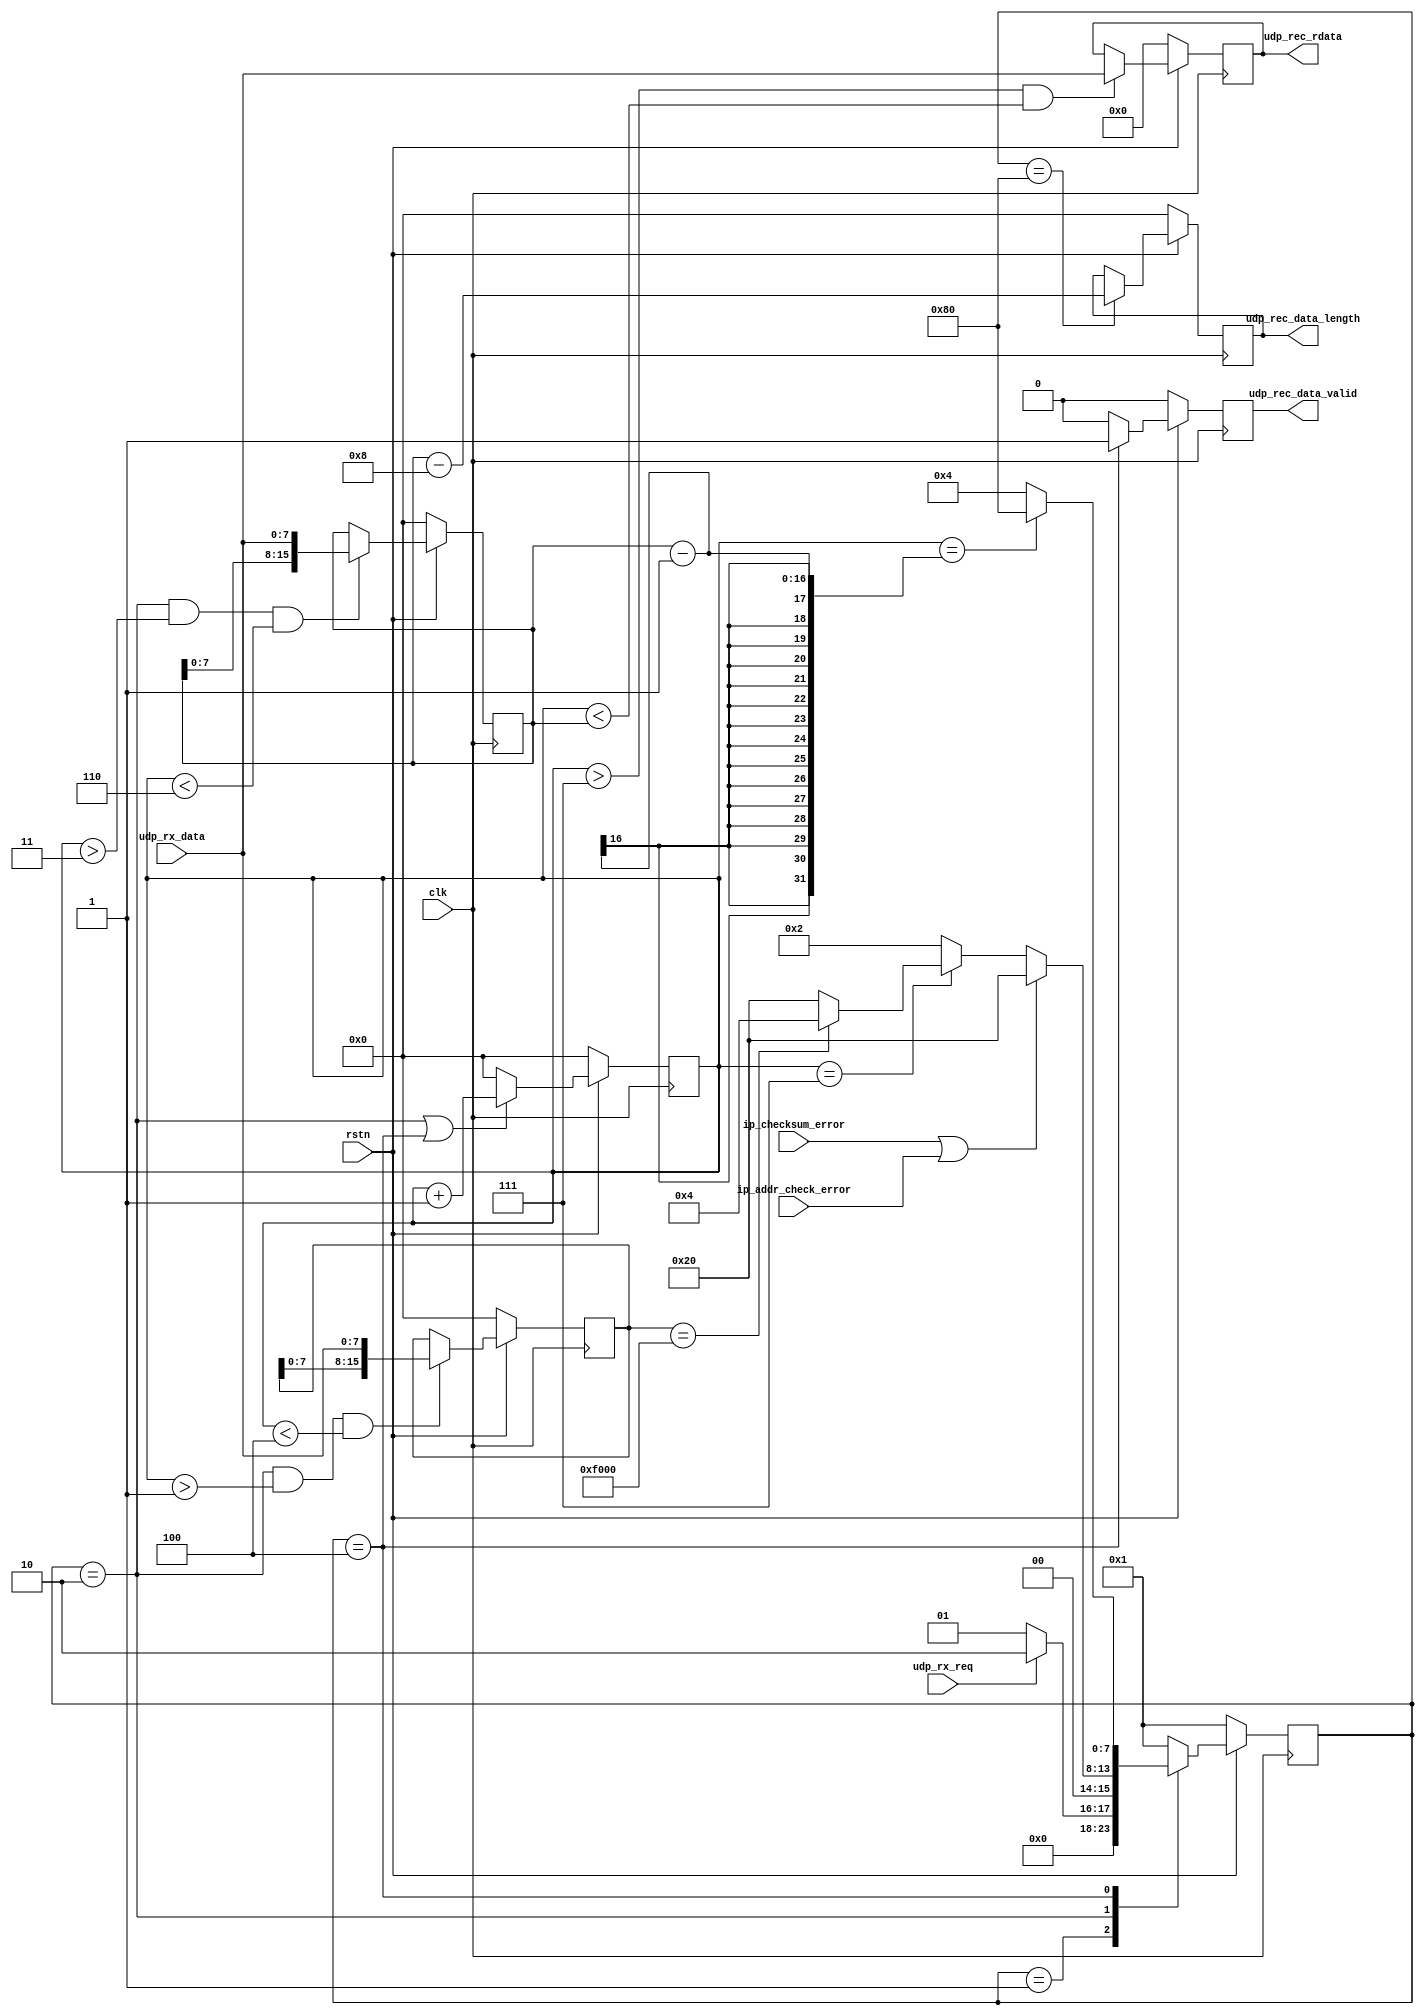
`timescale 1ns / 1ps
//////////////////////////////////////////////////////////////////////////////////
// Company: 
// Engineer: 
// 
// Design Name: 
// Module Name: udp_rx
// Project Name: 
// Target Devices: 
// Tool Versions: 
// Description: 
// 
// Dependencies: 
// 
// Revision:
// Revision 0.01 - File Created
// Additional Comments:
// 
//////////////////////////////////////////////////////////////////////////////////


module udp_rx #(
    parameter              LOCAL_PORT= 16'hF000
)(
    input                  clk,   
    input                  rstn,  
    
    input      [7:0]       udp_rx_data,
    input                  udp_rx_req,
    
    input                  ip_checksum_error,
    input                  ip_addr_check_error,
    
    output reg [7:0]       udp_rec_rdata ,      //udp ram read data
    output reg [15:0]      udp_rec_data_length,     //udp data length
    output reg             udp_rec_data_valid       //udp data valid
);

    reg  [15:0]             udp_rx_cnt ;
    reg  [15:0]             udp_data_length ;
    reg  [15:0]             udp_dest_port;

    localparam IDLE             =  8'b0000_0001  ;
    localparam REC_HEAD         =  8'b0000_0010  ;
    localparam REC_DATA         =  8'b0000_0100  ;
    localparam REC_ODD_DATA     =  8'b0000_1000  ;
    localparam VERIFY_CHECKSUM  =  8'b0001_0000  ;
    localparam REC_ERROR        =  8'b0010_0000  ;
    localparam REC_END_WAIT     =  8'b0100_0000  ;
    localparam REC_END          =  8'b1000_0000  ;
    
    reg [7:0]     state      ;
    reg [7:0]     state_n ;
    
    always @(posedge clk)
    begin
      if (~rstn)
        state <= IDLE ;
      else 
        state <= state_n ;
    end
    
    always @(*)
    begin
        case(state)
         IDLE            :
         begin
             if (udp_rx_req == 1'b1)
                 state_n = REC_HEAD ;
             else
                 state_n = IDLE ;
         end
         REC_HEAD       :
         begin
             if (ip_checksum_error | ip_addr_check_error)
                 state_n = REC_ERROR ;
             else if (udp_rx_cnt == 16'd7)
             begin
                 if(udp_dest_port == LOCAL_PORT)
                     state_n = REC_DATA ;
                 else
                     state_n = REC_ERROR ;
             end
             else
                 state_n = REC_HEAD ;
         end
         REC_DATA       :
         begin
             if (udp_rx_cnt == udp_data_length - 1)
                 state_n = REC_END ;
             else
                 state_n = REC_DATA ;
         end
         REC_ERROR      : state_n = IDLE  ; 
         REC_END        : state_n = IDLE  ;
         default        : state_n = IDLE  ;
         endcase
    end

    always @(posedge clk)
    begin
        if (~rstn)
            udp_dest_port <= 16'd0 ;
        else if (state == REC_HEAD && udp_rx_cnt > 16'd1 && udp_rx_cnt < 16'd4)
            udp_dest_port <= {udp_dest_port[7:0],udp_rx_data};
    end

    //udp data length 
    always @(posedge clk)
    begin
        if (~rstn)
            udp_data_length <= 16'd0 ;
        else if (state == REC_HEAD && udp_rx_cnt > 16'd3 && udp_rx_cnt < 16'd6)
            udp_data_length <= {udp_data_length[7:0],udp_rx_data};
    end
    
    always @(posedge clk)
    begin
        if (~rstn)
            udp_rec_data_length <= 16'd0 ;
        else if (state == REC_END)
            udp_rec_data_length <= udp_data_length - 16'd8;
    end
    
    always @(posedge clk)
    begin
        if (~rstn)
            udp_rx_cnt <= 16'd0 ;
        else if (state == REC_HEAD || state == REC_DATA)
            udp_rx_cnt <= udp_rx_cnt + 1'b1 ;
        else
            udp_rx_cnt <= 16'd0 ;
    end
    
    always @(posedge clk)
    begin
        if (~rstn)
            udp_rec_rdata <= 8'd0 ;
        else if(udp_rx_cnt > 16'd7 && udp_rx_cnt < udp_data_length)
            udp_rec_rdata <= udp_rx_data ;
    end

    //**************************************************//
    //generate udp rx end
    reg  udp_rx_end;
    always @(posedge clk)
    begin
        if (~rstn)
            udp_rx_end <= 1'b0 ;       
        else if (state == REC_END)    
            udp_rx_end <= 1'b1 ;   
        else
            udp_rx_end <= 1'b0 ;    
    end 
    
    always @(posedge clk)
    begin
        if (~rstn)
            udp_rec_data_valid <= 1'b0 ;
        else if (state == REC_DATA)
            udp_rec_data_valid <= 1'b1 ;
        else
            udp_rec_data_valid <= 1'b0 ;
    end

endmodule